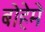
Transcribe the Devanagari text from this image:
बोहेमे